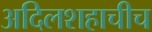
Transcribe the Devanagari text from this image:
अदिलशहाचीच